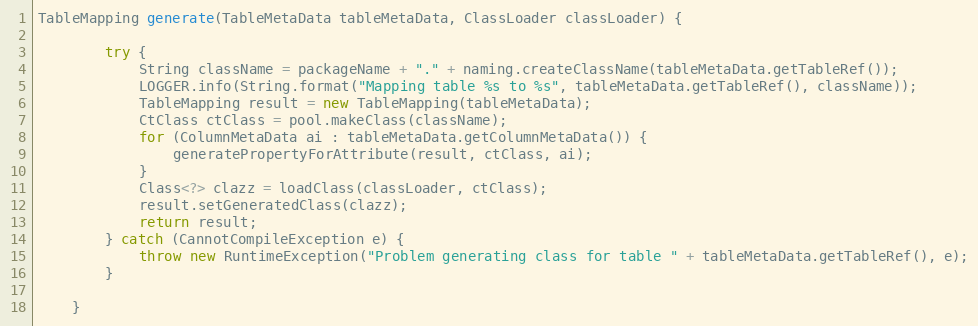
Language: Java
TableMapping generate(TableMetaData tableMetaData, ClassLoader classLoader) {

        try {
            String className = packageName + "." + naming.createClassName(tableMetaData.getTableRef());
            LOGGER.info(String.format("Mapping table %s to %s", tableMetaData.getTableRef(), className));
            TableMapping result = new TableMapping(tableMetaData);
            CtClass ctClass = pool.makeClass(className);
            for (ColumnMetaData ai : tableMetaData.getColumnMetaData()) {
                generatePropertyForAttribute(result, ctClass, ai);
            }
            Class<?> clazz = loadClass(classLoader, ctClass);
            result.setGeneratedClass(clazz);
            return result;
        } catch (CannotCompileException e) {
            throw new RuntimeException("Problem generating class for table " + tableMetaData.getTableRef(), e);
        }

    }